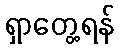
ရှာတွေ့ရန်